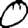
Digit: 0